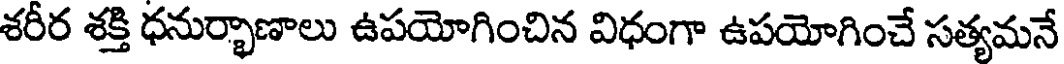
శరీర శక్తి ధనుర్భాణాలు ఉపయోగించిన విధంగా ఉపయోగించే సత్యమనే